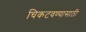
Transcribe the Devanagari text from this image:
चिकटवण्यासाठी